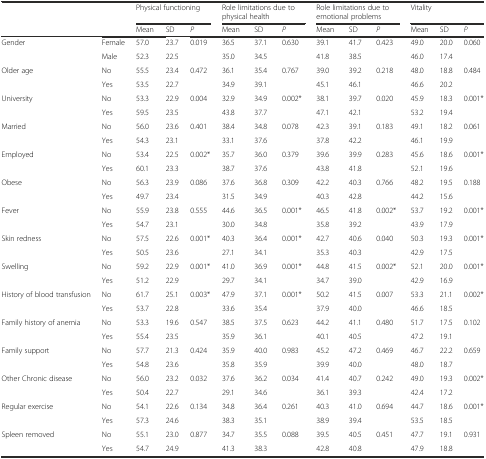
<table><thead><tr><td></td><td></td><td colspan="3"><b>Physical functioning</b></td><td colspan="3"><b>Role limitations due to physical health</b></td><td colspan="3"><b>Role limitations due to emotional problems</b></td><td colspan="3"><b>Vitality</b></td></tr><tr><td></td><td></td><td><b>Mean</b></td><td><b>SD</b></td><td><b><i>P</i></b></td><td><b>Mean</b></td><td><b>SD</b></td><td><b><i>P</i></b></td><td><b>Mean</b></td><td><b>SD</b></td><td><b><i>P</i></b></td><td><b>Mean</b></td><td><b>SD</b></td><td><b><i>P</i></b></td></tr></thead><tbody><tr><td rowspan="2">Gender</td><td>Female</td><td>57.0</td><td>23.7</td><td>0.019</td><td>36.5</td><td>37.1</td><td>0.630</td><td>39.1</td><td>41.7</td><td>0.423</td><td>49.0</td><td>20.0</td><td>0.060</td></tr><tr><td>Male</td><td>52.3</td><td>22.5</td><td></td><td>35.0</td><td>34.5</td><td></td><td>41.8</td><td>38.5</td><td></td><td>46.0</td><td>17.4</td><td></td></tr><tr><td>Older age</td><td>No</td><td>55.5</td><td>23.4</td><td>0.472</td><td>36.1</td><td>35.4</td><td>0.767</td><td>39.0</td><td>39.2</td><td>0.218</td><td>48.0</td><td>18.8</td><td>0.484</td></tr><tr><td></td><td>Yes</td><td>53.5</td><td>22.7</td><td></td><td>34.9</td><td>39.1</td><td></td><td>45.1</td><td>46.1</td><td></td><td>46.6</td><td>20.2</td><td></td></tr><tr><td rowspan="2">University</td><td>No</td><td>53.3</td><td>22.9</td><td>0.004</td><td>32.9</td><td>34.9</td><td>0.002*</td><td>38.1</td><td>39.7</td><td>0.020</td><td>45.9</td><td>18.3</td><td>0.001*</td></tr><tr><td>Yes</td><td>59.5</td><td>23.5</td><td></td><td>43.8</td><td>37.7</td><td></td><td>47.1</td><td>42.1</td><td></td><td>53.2</td><td>19.4</td><td></td></tr><tr><td rowspan="2">Married</td><td>No</td><td>56.0</td><td>23.6</td><td>0.401</td><td>38.4</td><td>34.8</td><td>0.078</td><td>42.3</td><td>39.1</td><td>0.183</td><td>49.1</td><td>18.2</td><td>0.061</td></tr><tr><td>Yes</td><td>54.3</td><td>23.1</td><td></td><td>33.1</td><td>37.6</td><td></td><td>37.8</td><td>42.2</td><td></td><td>46.1</td><td>19.9</td><td></td></tr><tr><td rowspan="2">Employed</td><td>No</td><td>53.4</td><td>22.5</td><td>0.002*</td><td>35.7</td><td>36.0</td><td>0.379</td><td>39.6</td><td>39.9</td><td>0.283</td><td>45.6</td><td>18.6</td><td>0.001*</td></tr><tr><td>Yes</td><td>60.1</td><td>23.3</td><td></td><td>38.7</td><td>37.6</td><td></td><td>43.8</td><td>41.8</td><td></td><td>52.1</td><td>19.6</td><td></td></tr><tr><td rowspan="2">Obese</td><td>No</td><td>56.3</td><td>23.9</td><td>0.086</td><td>37.6</td><td>36.8</td><td>0.309</td><td>42.2</td><td>40.3</td><td>0.766</td><td>48.2</td><td>19.5</td><td>0.188</td></tr><tr><td>Yes</td><td>49.7</td><td>23.4</td><td></td><td>31.5</td><td>34.9</td><td></td><td>40.3</td><td>42.8</td><td></td><td>44.2</td><td>15.6</td><td></td></tr><tr><td rowspan="2">Fever</td><td>No</td><td>55.9</td><td>23.8</td><td>0.555</td><td>44.6</td><td>36.5</td><td>0.001*</td><td>46.5</td><td>41.8</td><td>0.002*</td><td>53.7</td><td>19.2</td><td>0.001*</td></tr><tr><td>Yes</td><td>54.7</td><td>23.1</td><td></td><td>30.0</td><td>34.8</td><td></td><td>35.8</td><td>39.2</td><td></td><td>43.9</td><td>17.9</td><td></td></tr><tr><td rowspan="2">Skin redness</td><td>No</td><td>57.5</td><td>22.6</td><td>0.001*</td><td>40.3</td><td>36.4</td><td>0.001*</td><td>42.7</td><td>40.6</td><td>0.040</td><td>50.3</td><td>19.3</td><td>0.001*</td></tr><tr><td>Yes</td><td>50.5</td><td>23.6</td><td></td><td>27.1</td><td>34.1</td><td></td><td>35.3</td><td>40.3</td><td></td><td>42.9</td><td>17.5</td><td></td></tr><tr><td rowspan="2">Swelling</td><td>No</td><td>59.2</td><td>22.9</td><td>0.001*</td><td>41.0</td><td>36.9</td><td>0.001*</td><td>44.8</td><td>41.5</td><td>0.002*</td><td>52.1</td><td>20.0</td><td>0.001*</td></tr><tr><td>Yes</td><td>51.2</td><td>22.9</td><td></td><td>29.7</td><td>34.1</td><td></td><td>34.7</td><td>39.0</td><td></td><td>42.9</td><td>16.9</td><td></td></tr><tr><td rowspan="2">History of blood transfusion</td><td>No</td><td>61.7</td><td>25.1</td><td>0.003*</td><td>47.9</td><td>37.1</td><td>0.001*</td><td>50.2</td><td>41.5</td><td>0.007</td><td>53.3</td><td>21.1</td><td>0.002*</td></tr><tr><td>Yes</td><td>53.7</td><td>22.8</td><td></td><td>33.6</td><td>35.4</td><td></td><td>37.9</td><td>40.0</td><td></td><td>46.6</td><td>18.5</td><td></td></tr><tr><td rowspan="2">Family history of anemia</td><td>No</td><td>53.3</td><td>19.6</td><td>0.547</td><td>38.5</td><td>37.5</td><td>0.623</td><td>44.2</td><td>41.1</td><td>0.480</td><td>51.7</td><td>17.5</td><td>0.102</td></tr><tr><td>Yes</td><td>55.4</td><td>23.5</td><td></td><td>35.9</td><td>36.1</td><td></td><td>40.1</td><td>40.5</td><td></td><td>47.2</td><td>19.1</td><td></td></tr><tr><td rowspan="2">Family support</td><td>No</td><td>57.7</td><td>21.3</td><td>0.424</td><td>35.9</td><td>40.0</td><td>0.983</td><td>45.2</td><td>47.2</td><td>0.469</td><td>46.7</td><td>22.2</td><td>0.659</td></tr><tr><td>Yes</td><td>54.8</td><td>23.6</td><td></td><td>35.8</td><td>35.9</td><td></td><td>39.9</td><td>40.0</td><td></td><td>48.0</td><td>18.7</td><td></td></tr><tr><td rowspan="2">Other Chronic disease</td><td>No</td><td>56.0</td><td>23.2</td><td>0.032</td><td>37.6</td><td>36.2</td><td>0.034</td><td>41.4</td><td>40.7</td><td>0.242</td><td>49.0</td><td>19.3</td><td>0.002*</td></tr><tr><td>Yes</td><td>50.4</td><td>22.7</td><td></td><td>29.1</td><td>34.6</td><td></td><td>36.1</td><td>39.3</td><td></td><td>42.4</td><td>17.2</td><td></td></tr><tr><td rowspan="2">Regular exercise</td><td>No</td><td>54.1</td><td>22.6</td><td>0.134</td><td>34.8</td><td>36.4</td><td>0.261</td><td>40.3</td><td>41.0</td><td>0.694</td><td>44.7</td><td>18.6</td><td>0.001*</td></tr><tr><td>Yes</td><td>57.3</td><td>24.6</td><td></td><td>38.3</td><td>35.1</td><td></td><td>38.9</td><td>39.4</td><td></td><td>53.5</td><td>18.5</td><td></td></tr><tr><td rowspan="2">Spleen removed</td><td>No</td><td>55.1</td><td>23.0</td><td>0.877</td><td>34.7</td><td>35.5</td><td>0.088</td><td>39.5</td><td>40.5</td><td>0.451</td><td>47.7</td><td>19.1</td><td>0.931</td></tr><tr><td>Yes</td><td>54.7</td><td>24.9</td><td></td><td>41.3</td><td>38.3</td><td></td><td>42.8</td><td>40.8</td><td></td><td>47.9</td><td>18.8</td><td></td></tr></tbody></table>